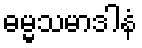
ဓမ္မသမာဒါနံ